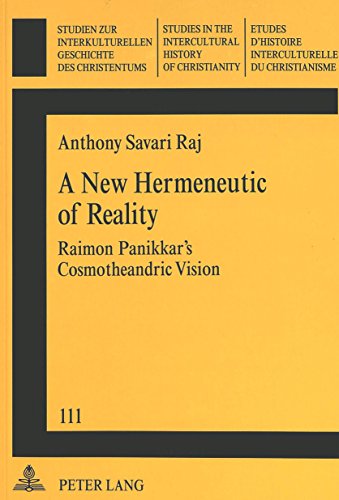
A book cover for A New Hermeneutic of Reality: Raimon Panikkar's Cosmotheandric Vision (Studien Zur Interkulturellen Geschichte Des Christentums); Anthony Savari Raj; Christian Books & Bibles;